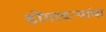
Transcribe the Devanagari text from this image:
डोंगरदर्‍यांचा